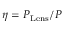
\eta = P _ { \mathrm { L e n s } } / P